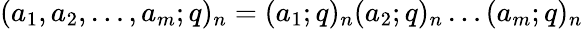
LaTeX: (a_{1},a_{2},\ldots,a_{m};q)_{n}=(a_{1};q)_{n}(a_{2};q)_{n}\ldots(a_{m};q)_{n}